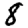
Digit: 8